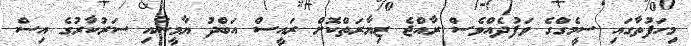
މިހަފުތާގައި ސީމެގްގެ ވަފުދެއްވެސް ރާއްޖެ ޒިޔާރަތްކޮށް ރައީސް އަބްދު ޔާމީނާއި ސަރުކާރުގެ އިސް